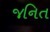
જનિત